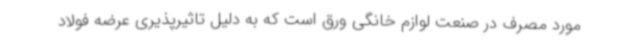
مورد مصرف در صنعت لوازم خانگی ورق است که به دلیل تاثیرپذیری عرضه فولاد